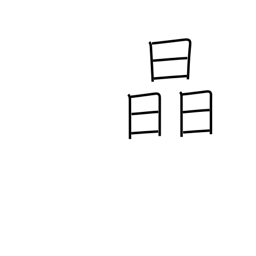
Meaning: crystal